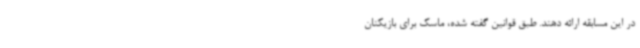
در این مسابقه ارائه دهند. طبق قوانین گفته شده، ماسک برای بازیکنان